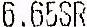
6.65SR